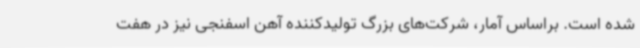
شده است. براساس آمار، شرکت‌های بزرگ تولیدکننده آهن اسفنجی نیز در هفت